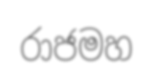
රාජමහ